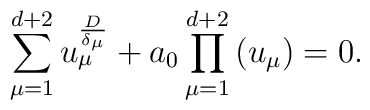
\sum_{\mu =1}^{d+2}u_{\mu }^{\frac{D}{\delta _{\mu }}}+a_{0}\prod_{\mu=1}^{d+2}\left( u_{\mu }\right) =0.